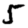
Digit: 5